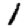
Digit: 1